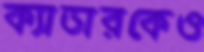
ক্যাডারকেও